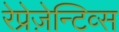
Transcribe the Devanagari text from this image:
रेप्रेज़ेन्टिव्स